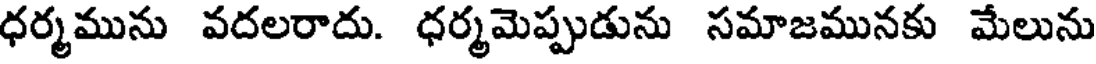
ధర్మమును వదలరాదు. ధర్మమెప్పుడును సమాజమునకు మేలును